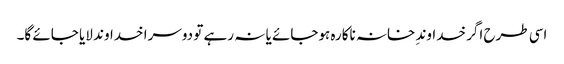
اسی طرح اگر خداوندِ خانہ ناکارہ ہوجائے یا نہ رہے تو دوسرا خداوند لایا جائے گا۔